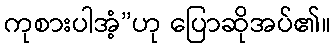
ကုစားပါအံ့”ဟု ပြောဆိုအပ်၏။